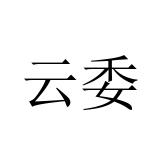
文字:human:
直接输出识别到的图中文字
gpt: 云委